Eesti_Rahvusfond, lk 21
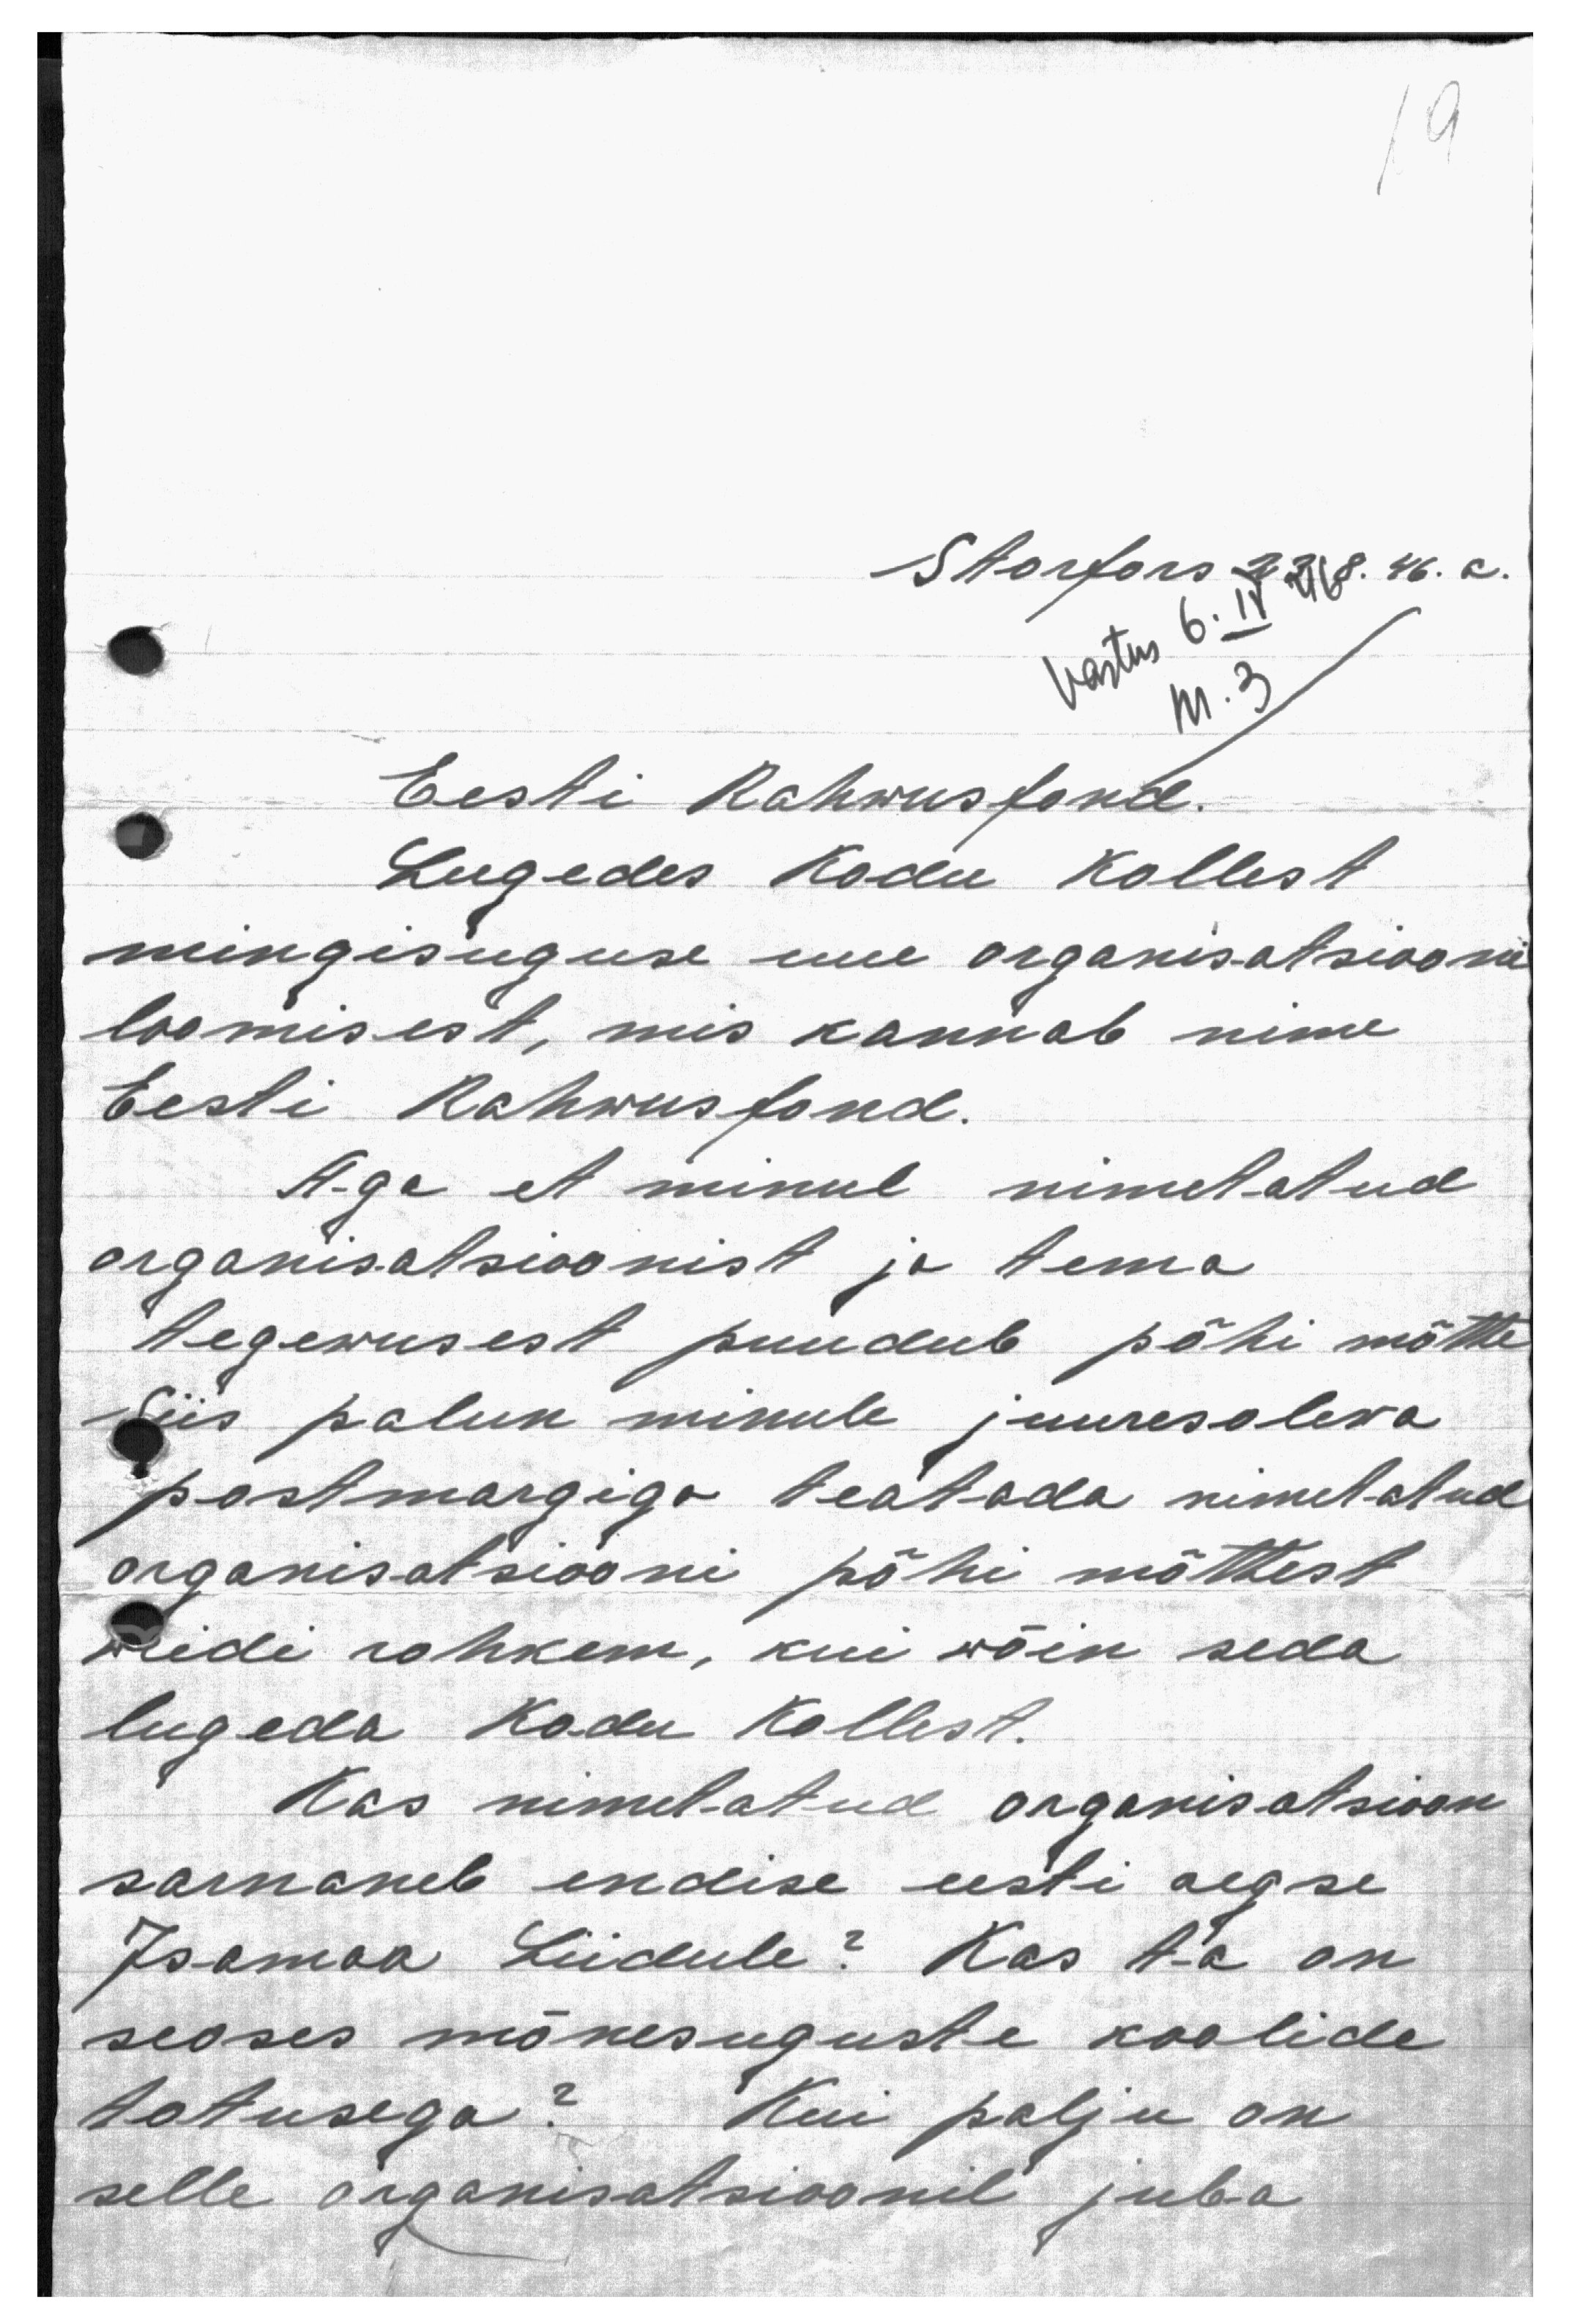
19
Storfors 23/8. 46.a.
Vastus 6. IV
Nr. 3
Eesti Rahwusfond.
Lugedes Kodu Kollest
mingisuguse uue organisatsiooni
loomisest, mis kannab nime
Eesti Rahwusfond.
A-ga et minul nimetatud
organisatsioonist ja tema
tegewusest puudub põhi mõtte
Siis palun minule juuresolewa
postmargiga teatada nimetatud
organisatsiooni põhi mõttest
weidi rohkem, kui wõin seda
lugeda Kodu Kollest.
Kas nimetatud organisatsioon
sarnaneb endise eesti aegse
Isamaa Liidule? Kas A-a on
seoses mõnesuguste koolide
totusega? Kui palju on
selle organisatsioonil juba